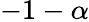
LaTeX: -1-\alpha